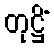
တုဋ္ဌိံ